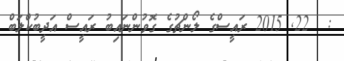
:  22